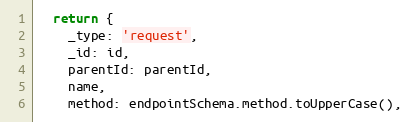
Language: JavaScript
  return {
    _type: 'request',
    _id: id,
    parentId: parentId,
    name,
    method: endpointSchema.method.toUpperCase(),